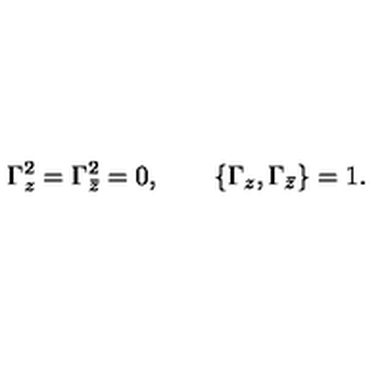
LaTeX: { \Gamma _ { z } ^ { 2 } = \Gamma _ { \bar { z } } ^ { 2 } = 0 , \qquad \{ \Gamma _ { z } , \Gamma _ { \bar { z } } \} = 1 . }